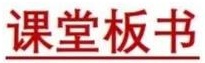
课堂板书